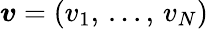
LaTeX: \boldsymbol{v}=(v_{1},\, ...,\, v_{N})